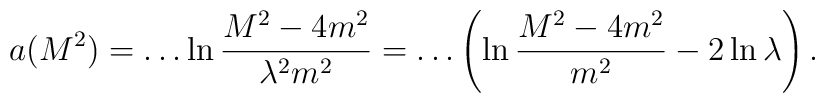
a(M^2)=\dots \ln \frac{M^2-4m^2}{\lambda^2 m^2} =\dots \left( \ln  \frac{M^2-4m^2}{m^2} -2 \ln \lambda \right).